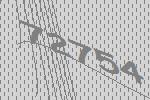
72754